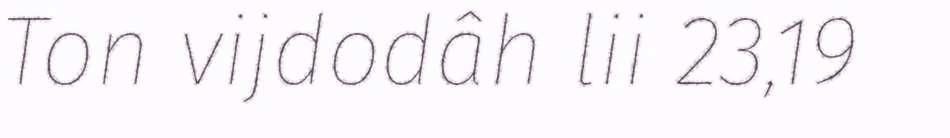
Ton vijdodâh lii 23,19